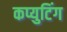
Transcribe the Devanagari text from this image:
कप्युटिंग